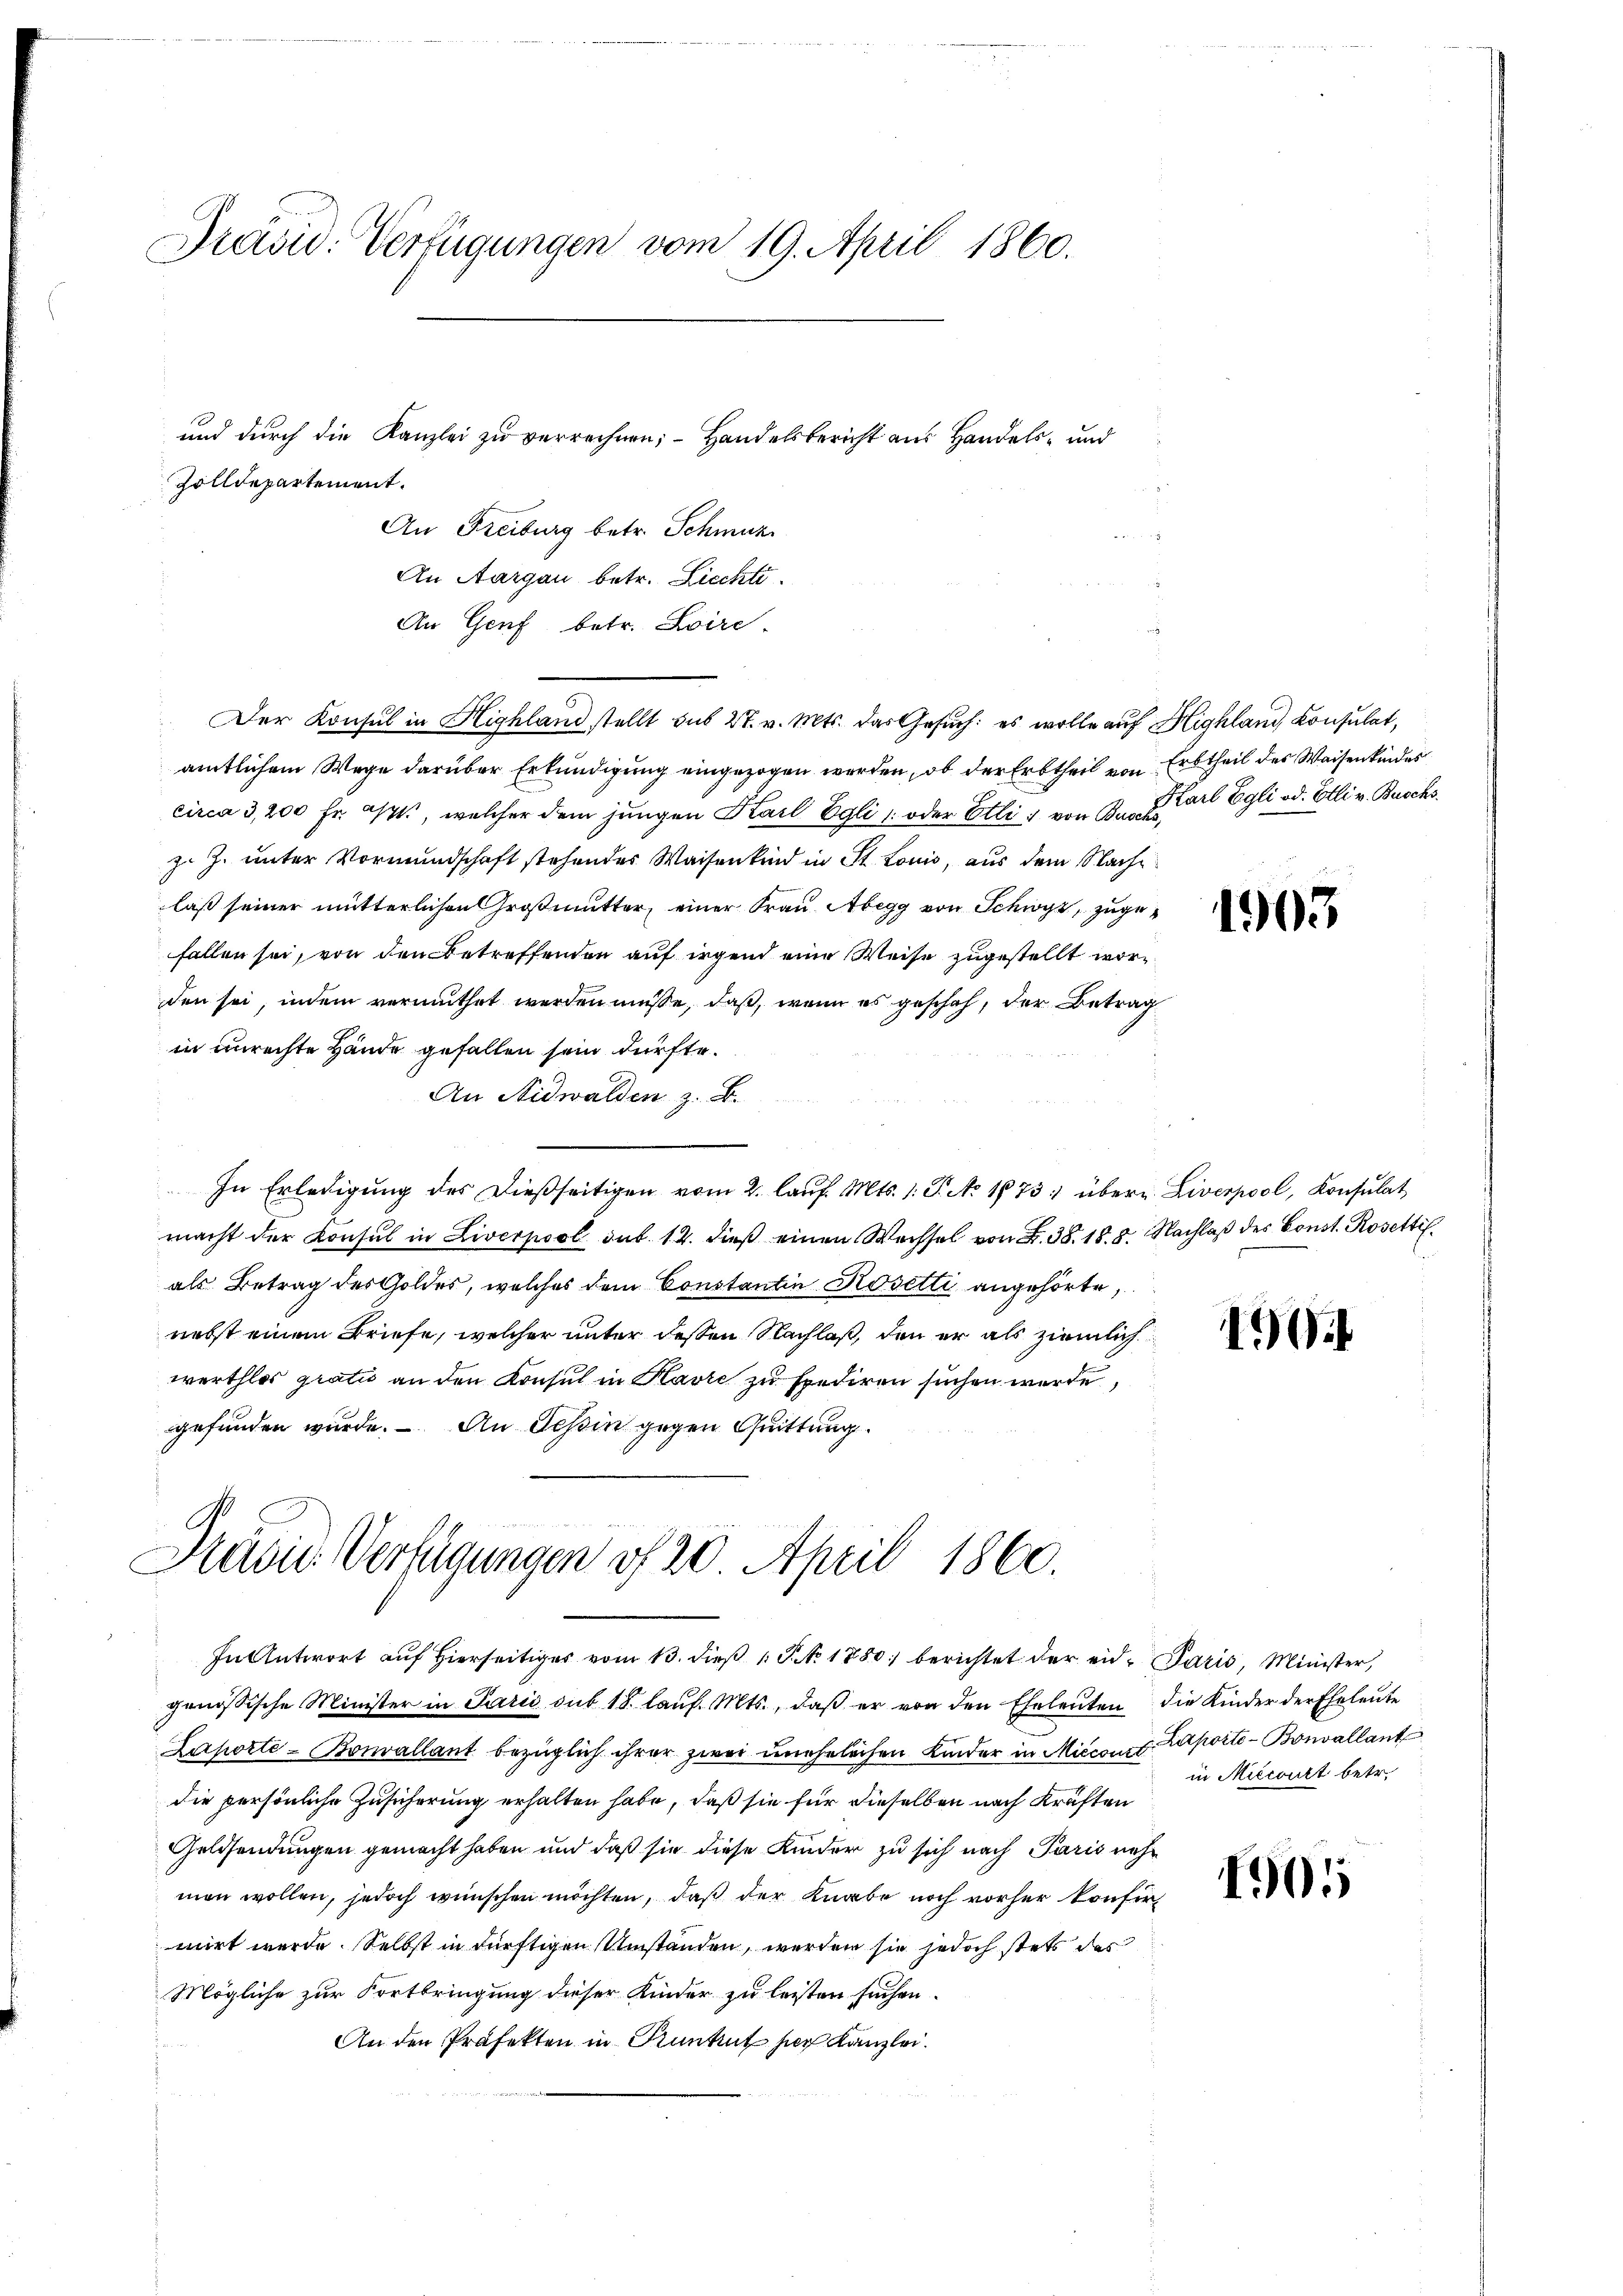
Präsid. Verfügungen vom 19. April 1860.

Zolldepartement.
An Freiburg betr. Schmutz
An Aargau betr. Liecht.
An Genf betr. Loire.
Der Konsul in Highland stellt sub 27. v. Mts. das Gesuch: es wolle auf Highland Konsulat,
amtlichem Wege darüber Erkundigung eingezogen werden, ob der Erbtheil von Erbtheil des Waisenkindes
circa 3,200 Fr. a., welcher dem jungen Karl Egli oder Etli von 3. Carl Egli od. Elli v. Buschs
zu J. unter Vormundschaft stehendes Waisenkind in St. Louis, aus dem Nache
laß seiner mutterlichen Großmutter, einer Frau Abegg von Schwyz, zugefallen sei, von den Betreffenden auf irgend eine Weise zugestellt worden sei, indem vermuthet werden müsse, daß, wenn es geschah, der Betrag
in unrechte Hände gefallen sein dürfte.
An Nidwalden z. B.
In Erledigŭng des dießseitigen vom 2. laŭf. Mts. 1. P. No. 173. übern Liverpool, Konsulat
macht der Konsul in Liverpool sub. 12. dieβ einen Wechsel von F. 38. 18.8. Nachlaβ des Const. Rosetti
als Betrag des Goldes, welches dem Constantin Rosetti angehörte,
nebst einem Briefe, welcher unter dessen Nachlaß, den er als ziemlich
werthlos gratio an den Konsul in Havre zu spediren suchen wurde
gefunden wurde. An Schin gegen Quittung.

und durch die Kanzlei zu verrechnen; – Handelsbericht aus Handels- und

Prämie Verfügungen of 20. April 1860.
In Antwort aŭf hierseits vom 13. dieβ  P. Nr. 1880 berichtet der eid. Paris, Minister,

genössische Minister in Paris sub 18. lauf. Mts., daß er von den Eheleuten die Kinder der Eheleute
Laporte-Bonvallant bezüglich ihrer zwei unehelichen Kinder in Miccout. Laporte Bonvallant
die persönliche Zusicherung erhalten habe, daß sie für dieselben nach Kräften
Geldsendungen gemacht haben und daß sie diese Kinder zu sich nach Paris nehmen wollen, jedoch wünschen möchten, daß der Knabe noch vorher konfir
mirt werde. Selbst in dürftigen Umstanden, werden sie jedoch stets das
Mögliche zur Fortbringung dieser Kinder zu leisten suchen.
An den Präfekten in Kuntrut her Kanzlei.
.

1903

1

in Micconst betr.

1901